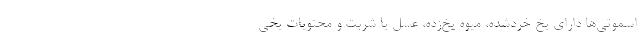
اسموتی‌ها دارای یخ خردشده، میوه یخ‌زده، عسل یا شربت و محتویات یخی